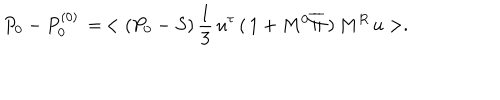
LaTeX: P _ { 0 } - P _ { 0 } ^ { ( 0 ) } \, = \, < ( P _ { 0 } - S ) \, { \frac { 1 } { 3 } } \, u ^ { \tau } \, ( \, 1 + M ^ { 0 } \overline { { \Pi } } \, ) \, M ^ { R } \, u > .